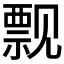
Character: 𫌬